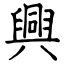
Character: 興